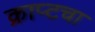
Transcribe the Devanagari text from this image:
क्राप्टचा